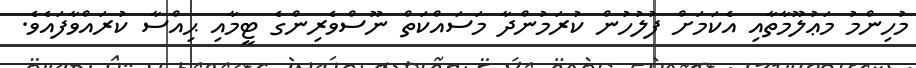
މުހިންމު މަޢުލޫމާތާއި އެކަމަށް ފުލުހުން ކުރަމުންދާ މަސައްކަތް ނޫސްވެރިންގެ ޓީމާއި ޙިއްސާ ކުރައްވާފައެވެ.